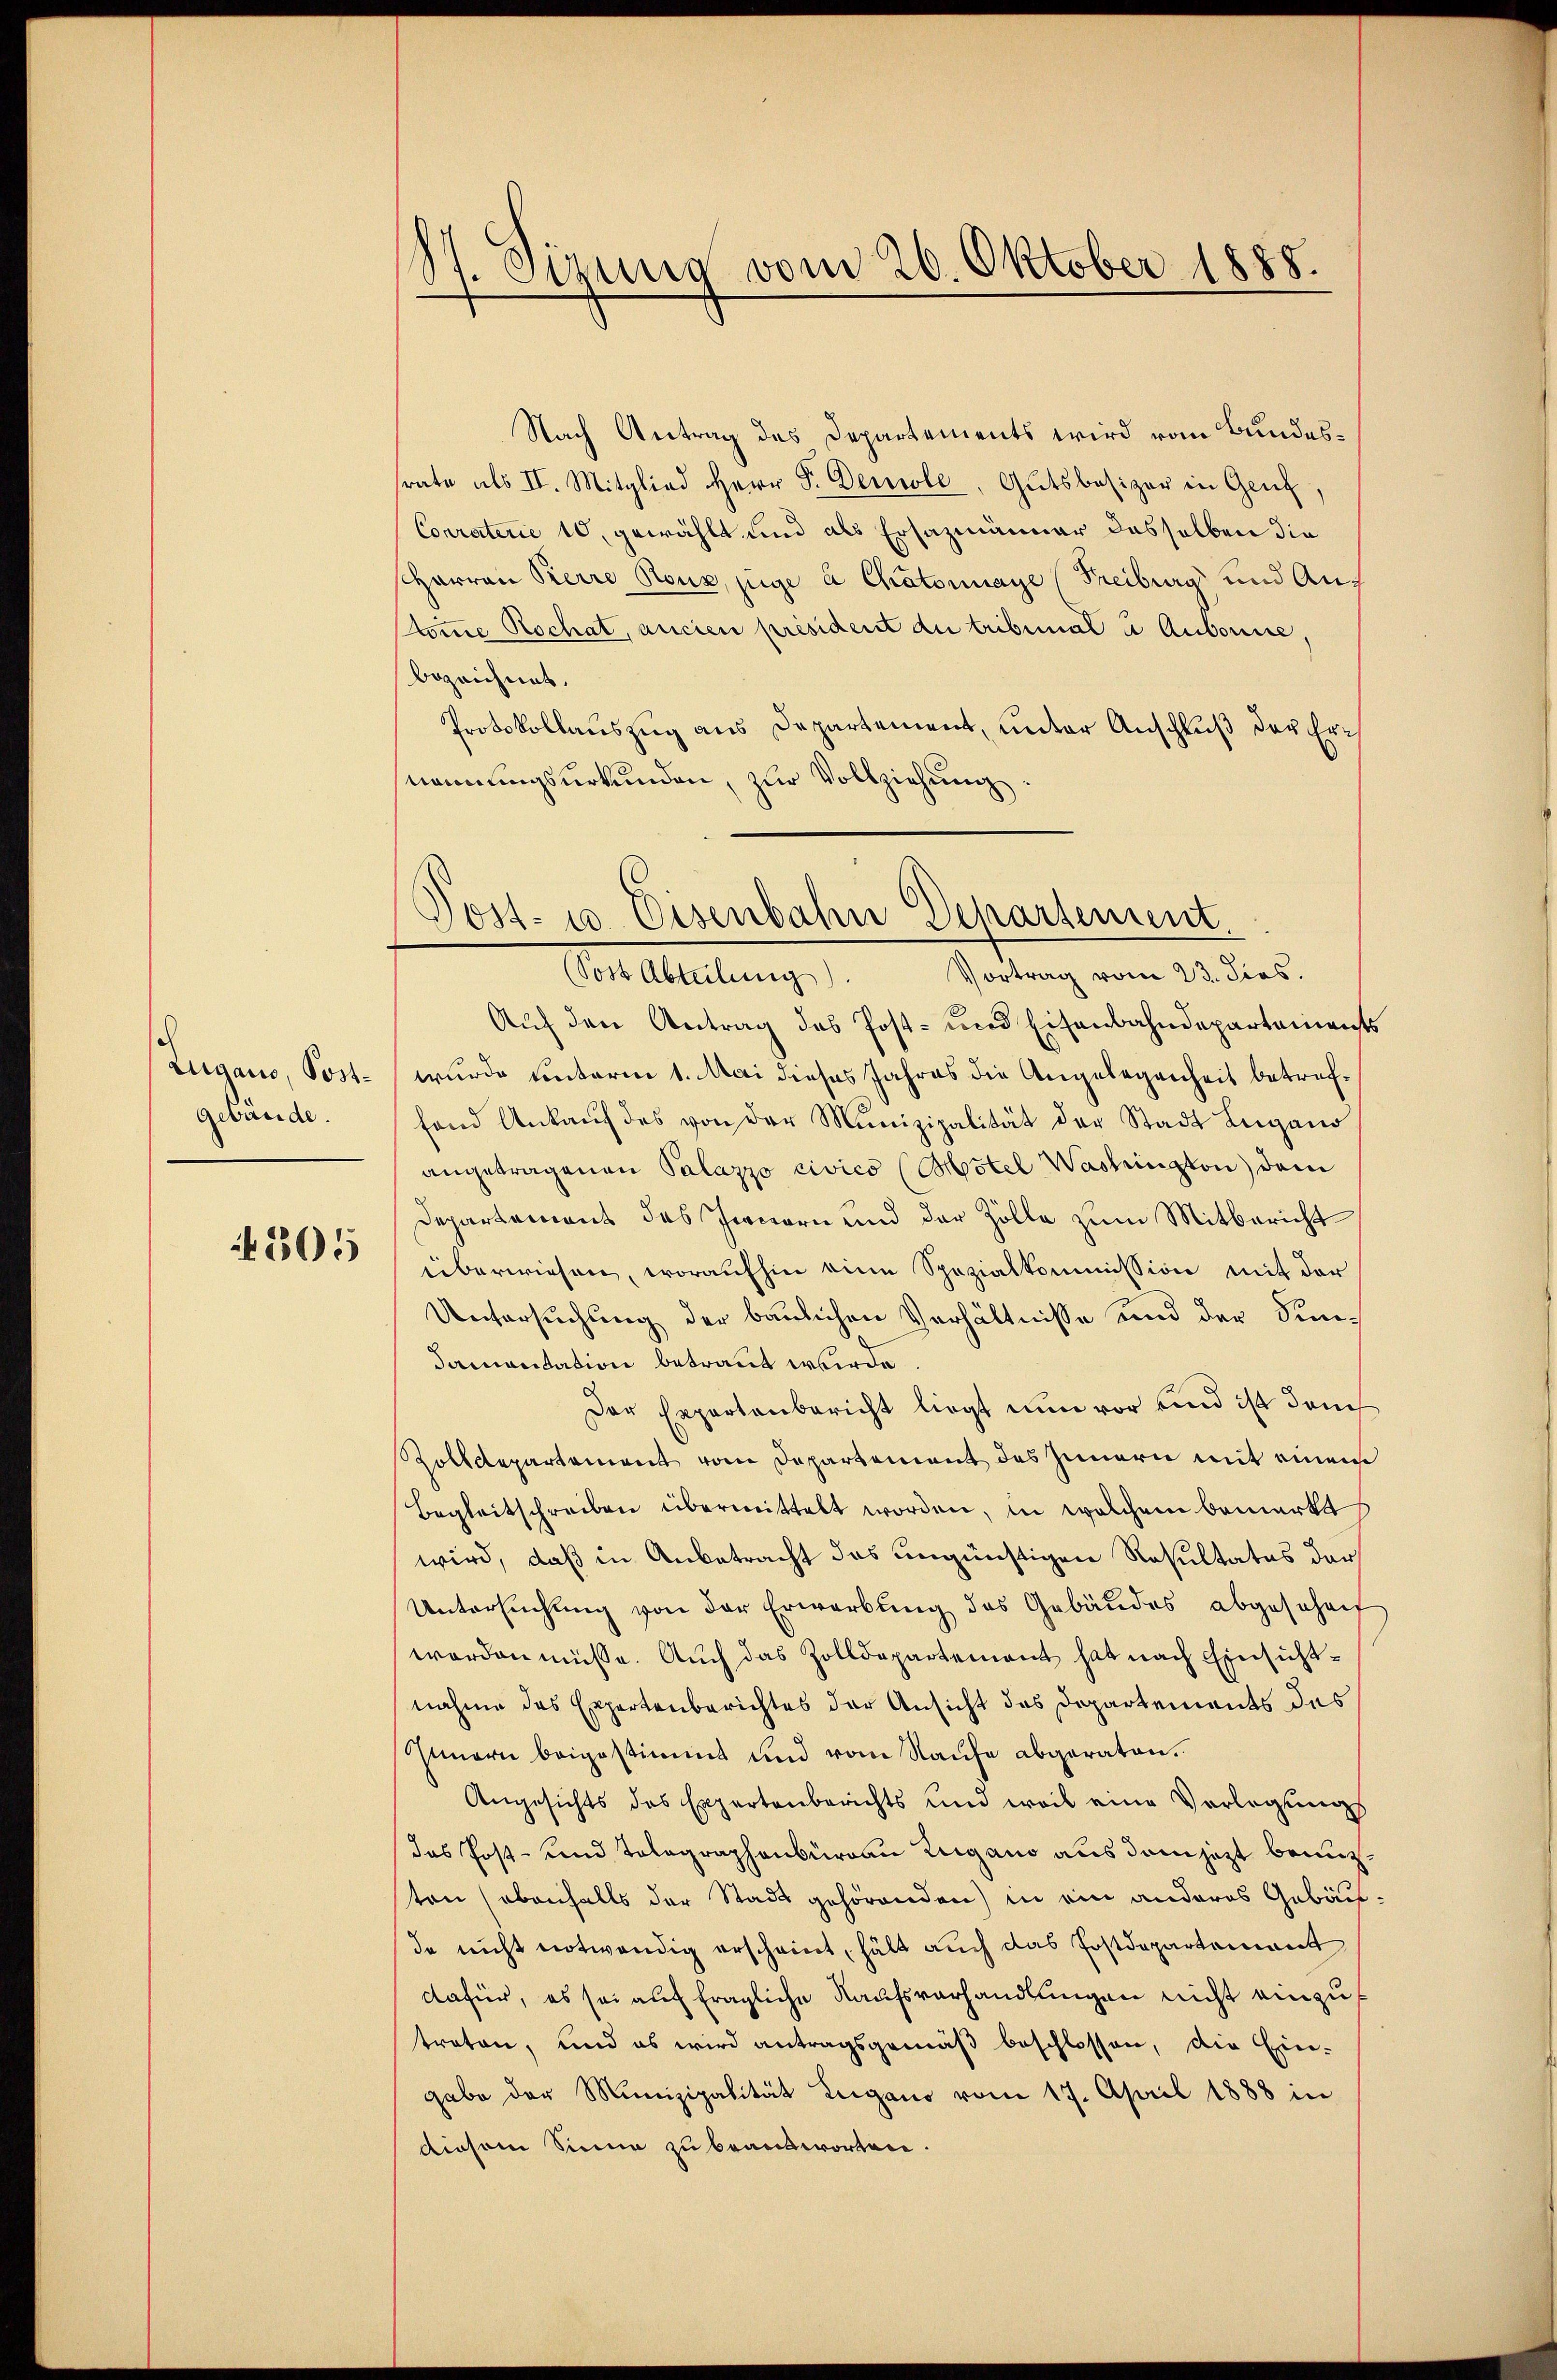
Zugano, Postgebäude.

4805

St. Sizung vom 26. Oktober 1888.

Nach Antrag des Departements wird vom Bundesrate als II. Mitglied Herr P. Demole, Gutsbesizer in Genz,
Conraterie 10 gewählt und als Ersazmänner dasselben die
Harren Kerre Rouz, juge à Chatornaye (Freiburg und Auf
skomme Rochat, ancien président du tribunal à Aubonne,
bezeichnet.
Protokollauszug aus Departement, unter Anschluß der Ernennungsurkunden, zur Vollziehung

Post- u. Eisenbahn Departement

Vortrag vom 23. dies.
(Sost Abteilung)
Auf den Antrag des Post- und Eisenbahndepartements
wurde unterm 1. Mai dieses Jahres die Angelegenheit betreffand Ankaŭf des von der Munizipalität der Stadt Lugano
angetragenen Palazzo civico (Motel Washington dem
Departement des Innern und der Zölle zum Mitbericht
überwiesen, woraufhin eine Spezialkommission mit der
Untersuchung der baulichen Verhältnisse und der Sumdamanitation betraut wurde.
Der Expertenbericht liegt nun vor und ist den
Zolldepartement vom Departement des Innern mit einem
Begleitschreiben übermittelt worden, in welchem bemerkt
wird, daß in Anbetracht das ungünstigen Resultatus der
Untersuchung von der Erwerbung des Gebäudes abgesehen
worden müsse. Auch das Zolldepartement hat nach Einsichtnahme das Expertenberichtes der Ansicht des Departements des
Innern beigestimmt und vom Raufe abgeraten.
Angesichts des Expertenberichts und weil eine Vorlegung
das Post- und Tolographenburgau Zugano aus dem jetzt bringten (ebenfalls der Stadt gehörenden) in ein anderes Gebäude nicht notwendig erscheint, hält auch das Postdepartement
dafür, es sei auf fragliche Kaufsverhandlungen nicht einzutraten, und es wird antragsgemäß beschlossen, die Ein-
gabe der Munizipalität Lugano vom 17. April 1888 in
diesem Sinne zu beantworten.